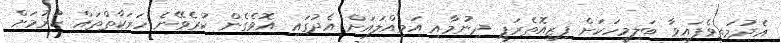
އެދުމަތިވެފައިވާ ބަލިމީހަކަށް ފިޒިއޮތެރަޕީ ދިނުމާއި އަމިއްލައަށް އެދުގައި އޮވެގެން ކުރެވޭނެ ހަރަކާތްތައް ކުރުމަށް